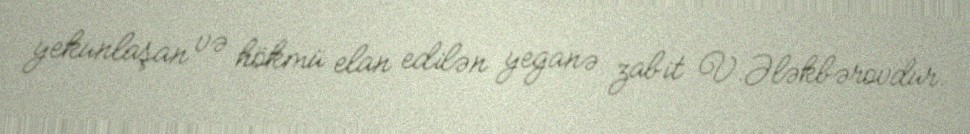
yekunlaşan və hökmü elan edilən yeganə zabit V.Ələkbərovdur.